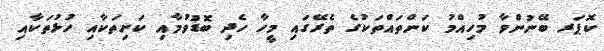
ކޮޕަރ ބޭނުންވާ މުހިއްމު ކަންތައްތަކުގެ ތެރޭގައި މީހާ ހެދި ބޮޑުވުމާއި ކަށިތަކާއި ހުޅުތަކާއި